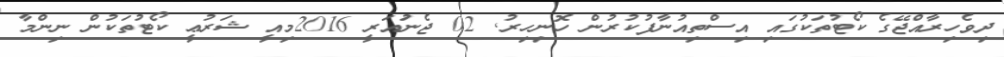
ދިވެހިރާއްޖޭގެ ކޯޓުތަކުގައި އިސްތިއުނާފުކުރުން ހޮނިހިރު